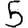
Digit: 5